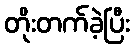
တိုးတက်ခဲ့ပြီး